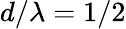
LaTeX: d/\lambda=1/2